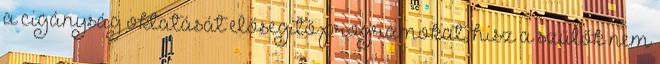
a cigányság oktatását elősegítő programokat, hisz a szülők nem